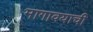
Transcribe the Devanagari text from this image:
मागावयाची